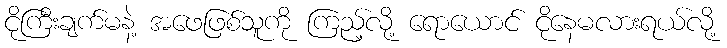
ငိုကြီးချက်မနဲ့ အဖေဖြစ်သူကို ကြည့်လို့ ရောယောင် ငိုနေမလားရယ်လို့